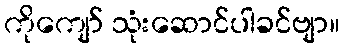
ကိုကျော် သုံးဆောင်ပါခင်ဗျာ။